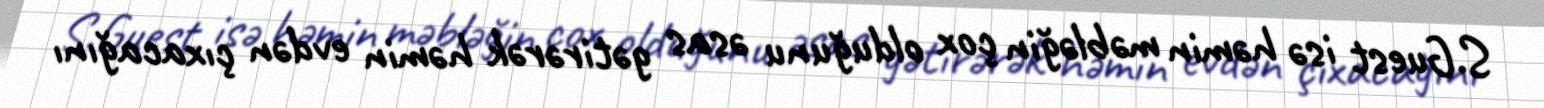
S.Guest isə həmin məbləğin çox olduğunu əsas gətirərək həmin evdən çıxacağını